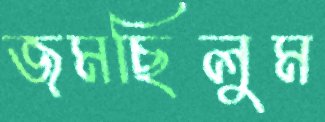
জমছিলুম